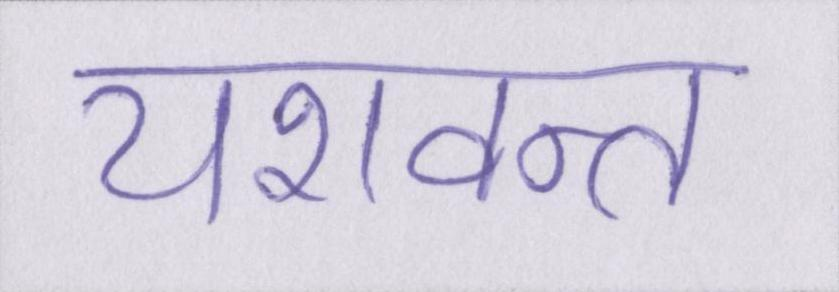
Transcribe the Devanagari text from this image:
यशवन्त